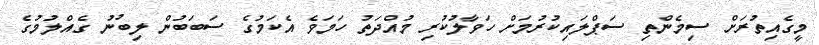
މީގެއިތުރަށް ސިމެންތި ސަޕްލައިކުރުމަށް ހަވާލުކުރި މުއްދަތު ހަމަވެ އެކަމުގެ ސަބަބުން ލިބުނު ގެއްލުމުގެ